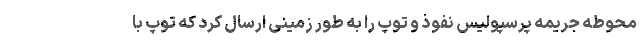
محوطه جریمه پرسپولیس نفوذ و توپ را به طور زمینی ارسال کرد که توپ با